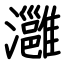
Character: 灉